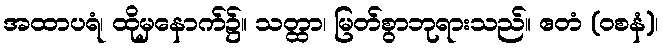
အထာပရံ၊ ထိုမှနောက်၌။ သတ္ထာ၊ မြတ်စွာဘုရားသည်။ ဧတံ (ဝစနံ)၊